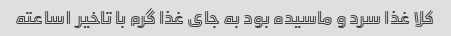
کلا غذا سرد و ماسیده بود به جای غذا گرم با تاخیر ۱ساعته